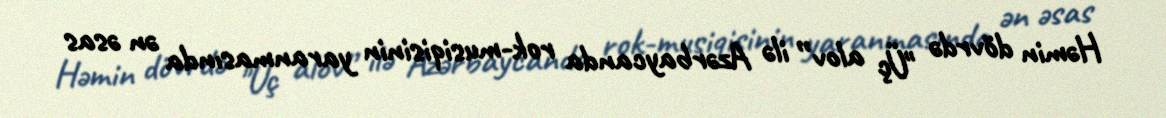
Həmin dövrdə "Üç alov” ilə Azərbaycanda rok-musiqisinin yaranmasında ən əsas